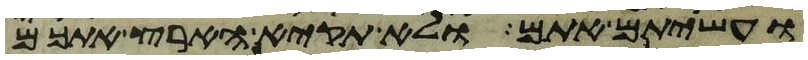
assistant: ועשיתם אתם ולא תקיא הארץ אתכם